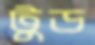
টুড